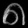
Digit: ၈